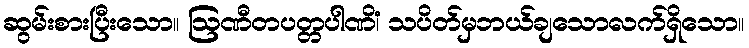
ဆွမ်းစားပြီးသော။ ဩဏီတပတ္တပါဏိံ၊ သပိတ်မှဘယ်ချသောလက်ရှိသော။